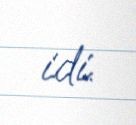
idi.